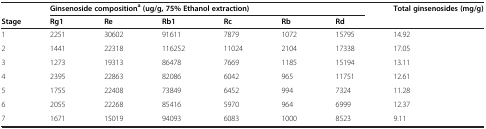
<table><thead><tr><td><b> </b></td><td colspan="6"><b>Ginsenoside composition<sup>a </sup>(ug/g, 75% Ethanol extraction)</b></td><td><b>Total ginsenosides (mg/g)</b></td></tr><tr><td><b>Stage</b></td><td><b>Rg1</b></td><td><b>Re</b></td><td><b>Rb1</b></td><td><b>Rc</b></td><td><b>Rb</b></td><td><b>Rd</b></td><td><b> </b></td></tr></thead><tbody><tr><td>1</td><td>2251</td><td>30602</td><td>91611</td><td>7879</td><td>1072</td><td>15795</td><td>14.92</td></tr><tr><td>2</td><td>1441</td><td>22318</td><td>116252</td><td>11024</td><td>2104</td><td>17338</td><td>17.05</td></tr><tr><td>3</td><td>1273</td><td>19313</td><td>86478</td><td>7669</td><td>1185</td><td>15194</td><td>13.11</td></tr><tr><td>4</td><td>2395</td><td>22863</td><td>82086</td><td>6042</td><td>965</td><td>11751</td><td>12.61</td></tr><tr><td>5</td><td>1755</td><td>22408</td><td>73849</td><td>6452</td><td>994</td><td>7324</td><td>11.28</td></tr><tr><td>6</td><td>2055</td><td>22268</td><td>85416</td><td>5970</td><td>964</td><td>6999</td><td>12.37</td></tr><tr><td>7</td><td>1671</td><td>15019</td><td>94093</td><td>6083</td><td>1000</td><td>8523</td><td>9.11</td></tr></tbody></table>